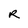
Character: R